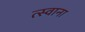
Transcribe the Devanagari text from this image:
त्स्वाना